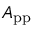
A _ { \mathrm { p p } }